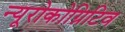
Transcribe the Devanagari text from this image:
न्यूरोकोग्निटिव